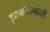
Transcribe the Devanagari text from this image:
वृषणकोशाभोवती